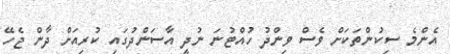
އެންމެ ސިކުންތަކަށް ވެސް ވިންދު ހުއްޓުނަ ނުދީ އާސަންދުގައި ކުރިއަށް ދާން ޖެހޭ